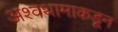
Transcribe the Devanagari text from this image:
अश्वथामाकडून